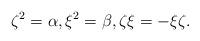
LaTeX: \begin{align*}\zeta^2=\alpha,\xi^2=\beta,\zeta\xi=-\xi\zeta.\end{align*}